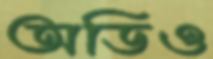
অডিও